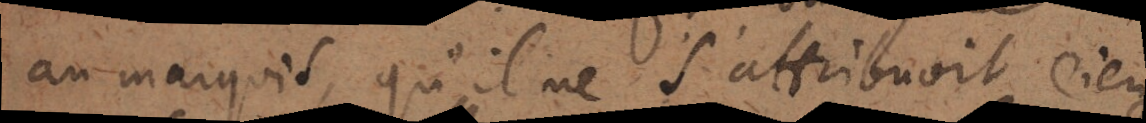
au Marquis, qu’il ne s’attribuoit rien